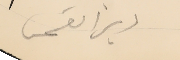
دير القمر